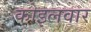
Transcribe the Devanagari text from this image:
कोइलवार